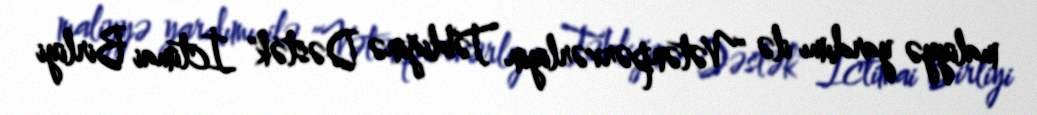
maliyyə yardımı ilə "Vətənpərvərliyin Təbliğinə Dəstək" İctimai Birliyi